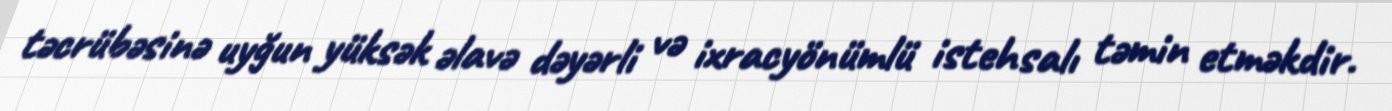
təcrübəsinə uyğun yüksək əlavə dəyərli və ixracyönümlü istehsalı təmin etməkdir.